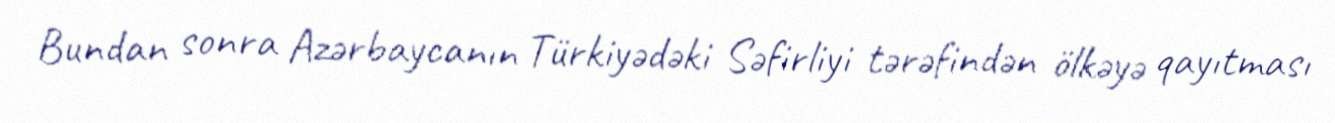
Bundan sonra Azərbaycanın Türkiyədəki Səfirliyi tərəfindən ölkəyə qayıtması